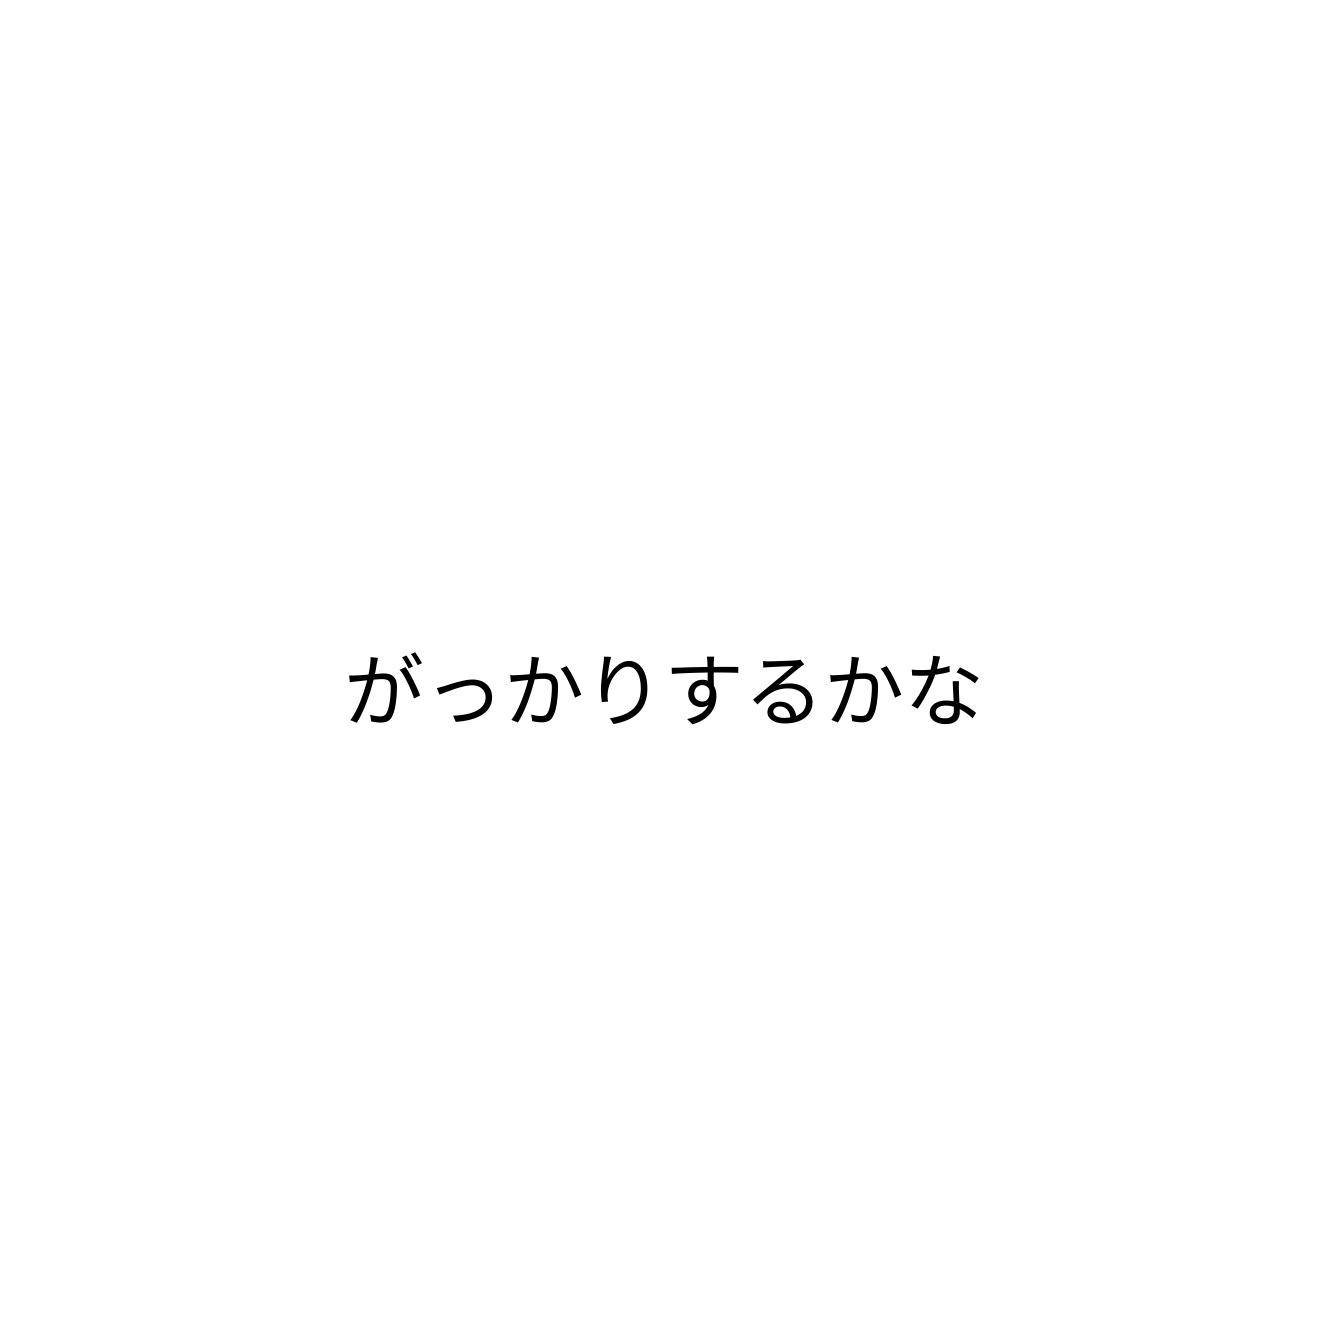
がっかりするかな